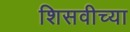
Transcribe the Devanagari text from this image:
शिसवीच्या